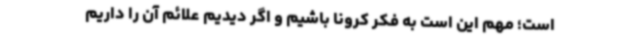
است؛ مهم این است به فکر کرونا باشیم و اگر دیدیم علائم آن را داریم